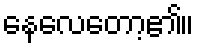
နေလေတော့၏။